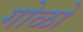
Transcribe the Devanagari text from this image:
गोळो